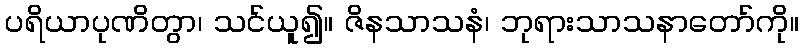
ပရိယာပုဏိတွာ၊ သင်ယူ၍။ ဇိနသာသနံ၊ ဘုရားသာသနာတော်ကို။